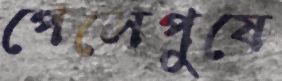
পেলেপুষে